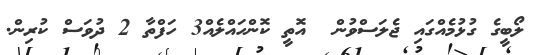
ލޯބީގެ ގުޅުމެއްގައި ޖެލަސްވުން  އޮތީ ކޮންހައްލެއް3 ހަފްތާ 2 ދުވަސް ކުރިން.